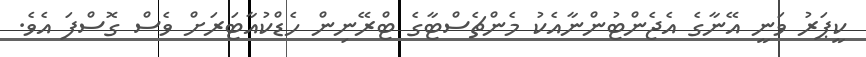
ކީޕަރު ވަނީ އޭނާގެ އެޖެންޓުންނާއެކު މެންޗެސްޓާގެ ޓްރޭނިން ހެޑްކުއާޓަރަށް ވެސް ގޮސްފަ އެވެ.